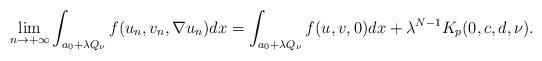
LaTeX: \begin{align*}\displaystyle{\lim_{n \to +\infty}\int_{a_0+ \lambda Q_\nu}f( u_n,v_n, \nabla u_n)dx = \int_{a_0+ \lambda Q_\nu} f( u,v,0)dx + \lambda^{N-1} K_p(0,c,d,\nu).}\end{align*}